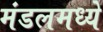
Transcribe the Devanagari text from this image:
मंडलमध्ये